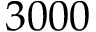
3 0 0 0